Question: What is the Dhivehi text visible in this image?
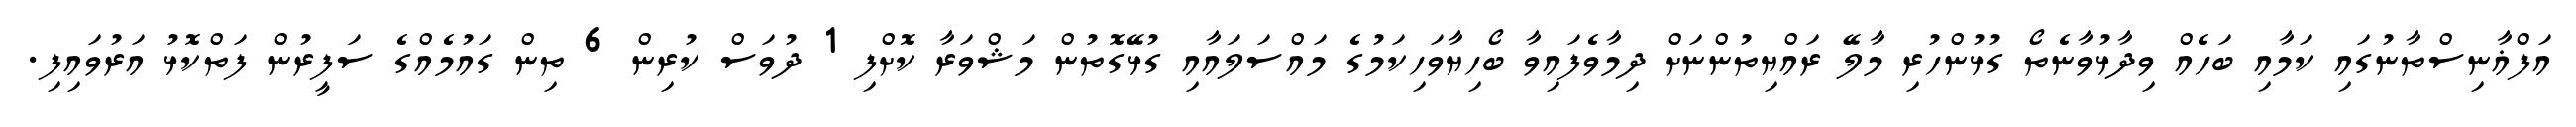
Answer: އަފްޣާނިސްތާނުގައި ކަމާއި ބަހެއް ވިދާޅުވާނެތޯ ގުޅުންހުރި މާލޭ ރައްޔިތުންނަށް ދިމާވެފައިވާ ބޯހިޔާވަހިކަމުގެ މައްސަލައާއި ގުޅޭގޮތުން މަޝްވަރާ ކޮށްފި 1 ދުވަސް ކުރިން 6 ތިން ގައުމެއްގެ ސަފީރުން ފަތްކޮޅު އަރުވައިފި.